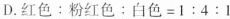
D.$$红 色 : 粉 红 色 : 白 色 = 1 : 4 : 1$$